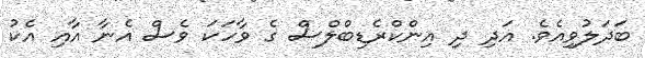
ބަދަލުވިއެވެ. އަދި ދި އިންކްރެޑިބްލްސް ގެ ވާހަކަ ވެސް އެނާ އާއި އެކު